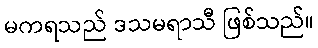
မကရသည် ဒသမရာသီ ဖြစ်သည်။